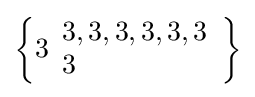
\left\{3{\begin{array}{l}3,3,3,3,3,3\\3\end{array}}\right\}